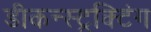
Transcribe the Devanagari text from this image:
डीकन्स्ट्रक्टिंग